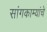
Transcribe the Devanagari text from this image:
सांगकाम्यांचे